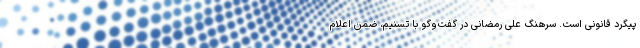
پیگرد قانونی است. سرهنگ علی رمضانی در گفت‌وگو با تسنیم، ضمن اعلام